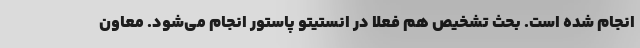
انجام شده است. بحث تشخیص هم فعلا در انستیتو پاستور انجام می‌شود. معاون